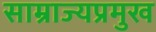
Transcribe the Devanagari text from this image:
साम्राज्यप्रमुख